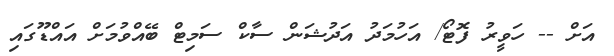
އަށް -- ހަވީރު ފޮޓޯ/ އަހުމަދު އަދުޝަން ސާކް ސަމިޓް ބޭއްވުމަށް އައްޑޫގައި